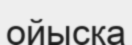
ойысқа